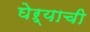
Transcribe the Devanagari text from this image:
घेऱ्याची